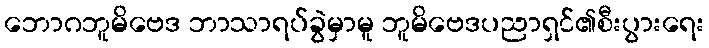
ဘောဂဘူမိဗေဒ ဘာသာရပ်ခွဲမှာမူ ဘူမိဗေဒပညာရှင်၏စီးပွားရေး